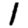
Digit: 1